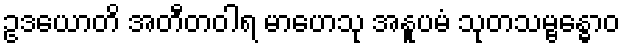
ဥဒယောတိ အတီတဝါရ မာဟေသု အနူပမံ သုတသမ္ဗန္ဓောဝ